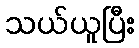
သယ်ယူပြီး